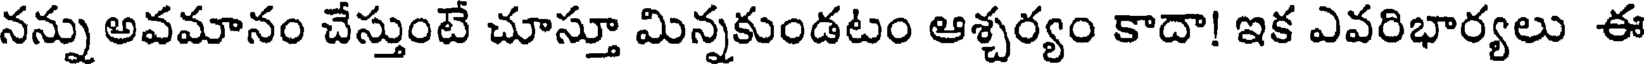
నన్ను అవమానం చేస్తుంటే చూస్తూ మిన్నకుండటం ఆశ్చర్యం కాదా! ఇక ఎవరిభార్యలు ఈ